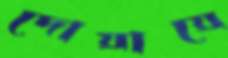
দোয়ায়ে